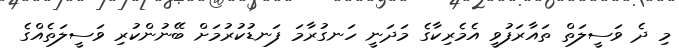
މި ދެ ވަސީލަތް ތައާރަފުވީ އެމެރިކާގެ މަދަނީ ހަނގުރާމަ ފަނޑުކުރުމަށް ބޭނުންކުރި ވަސީލަތެއްގެ